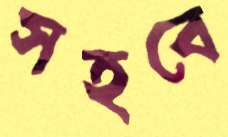
সহবে